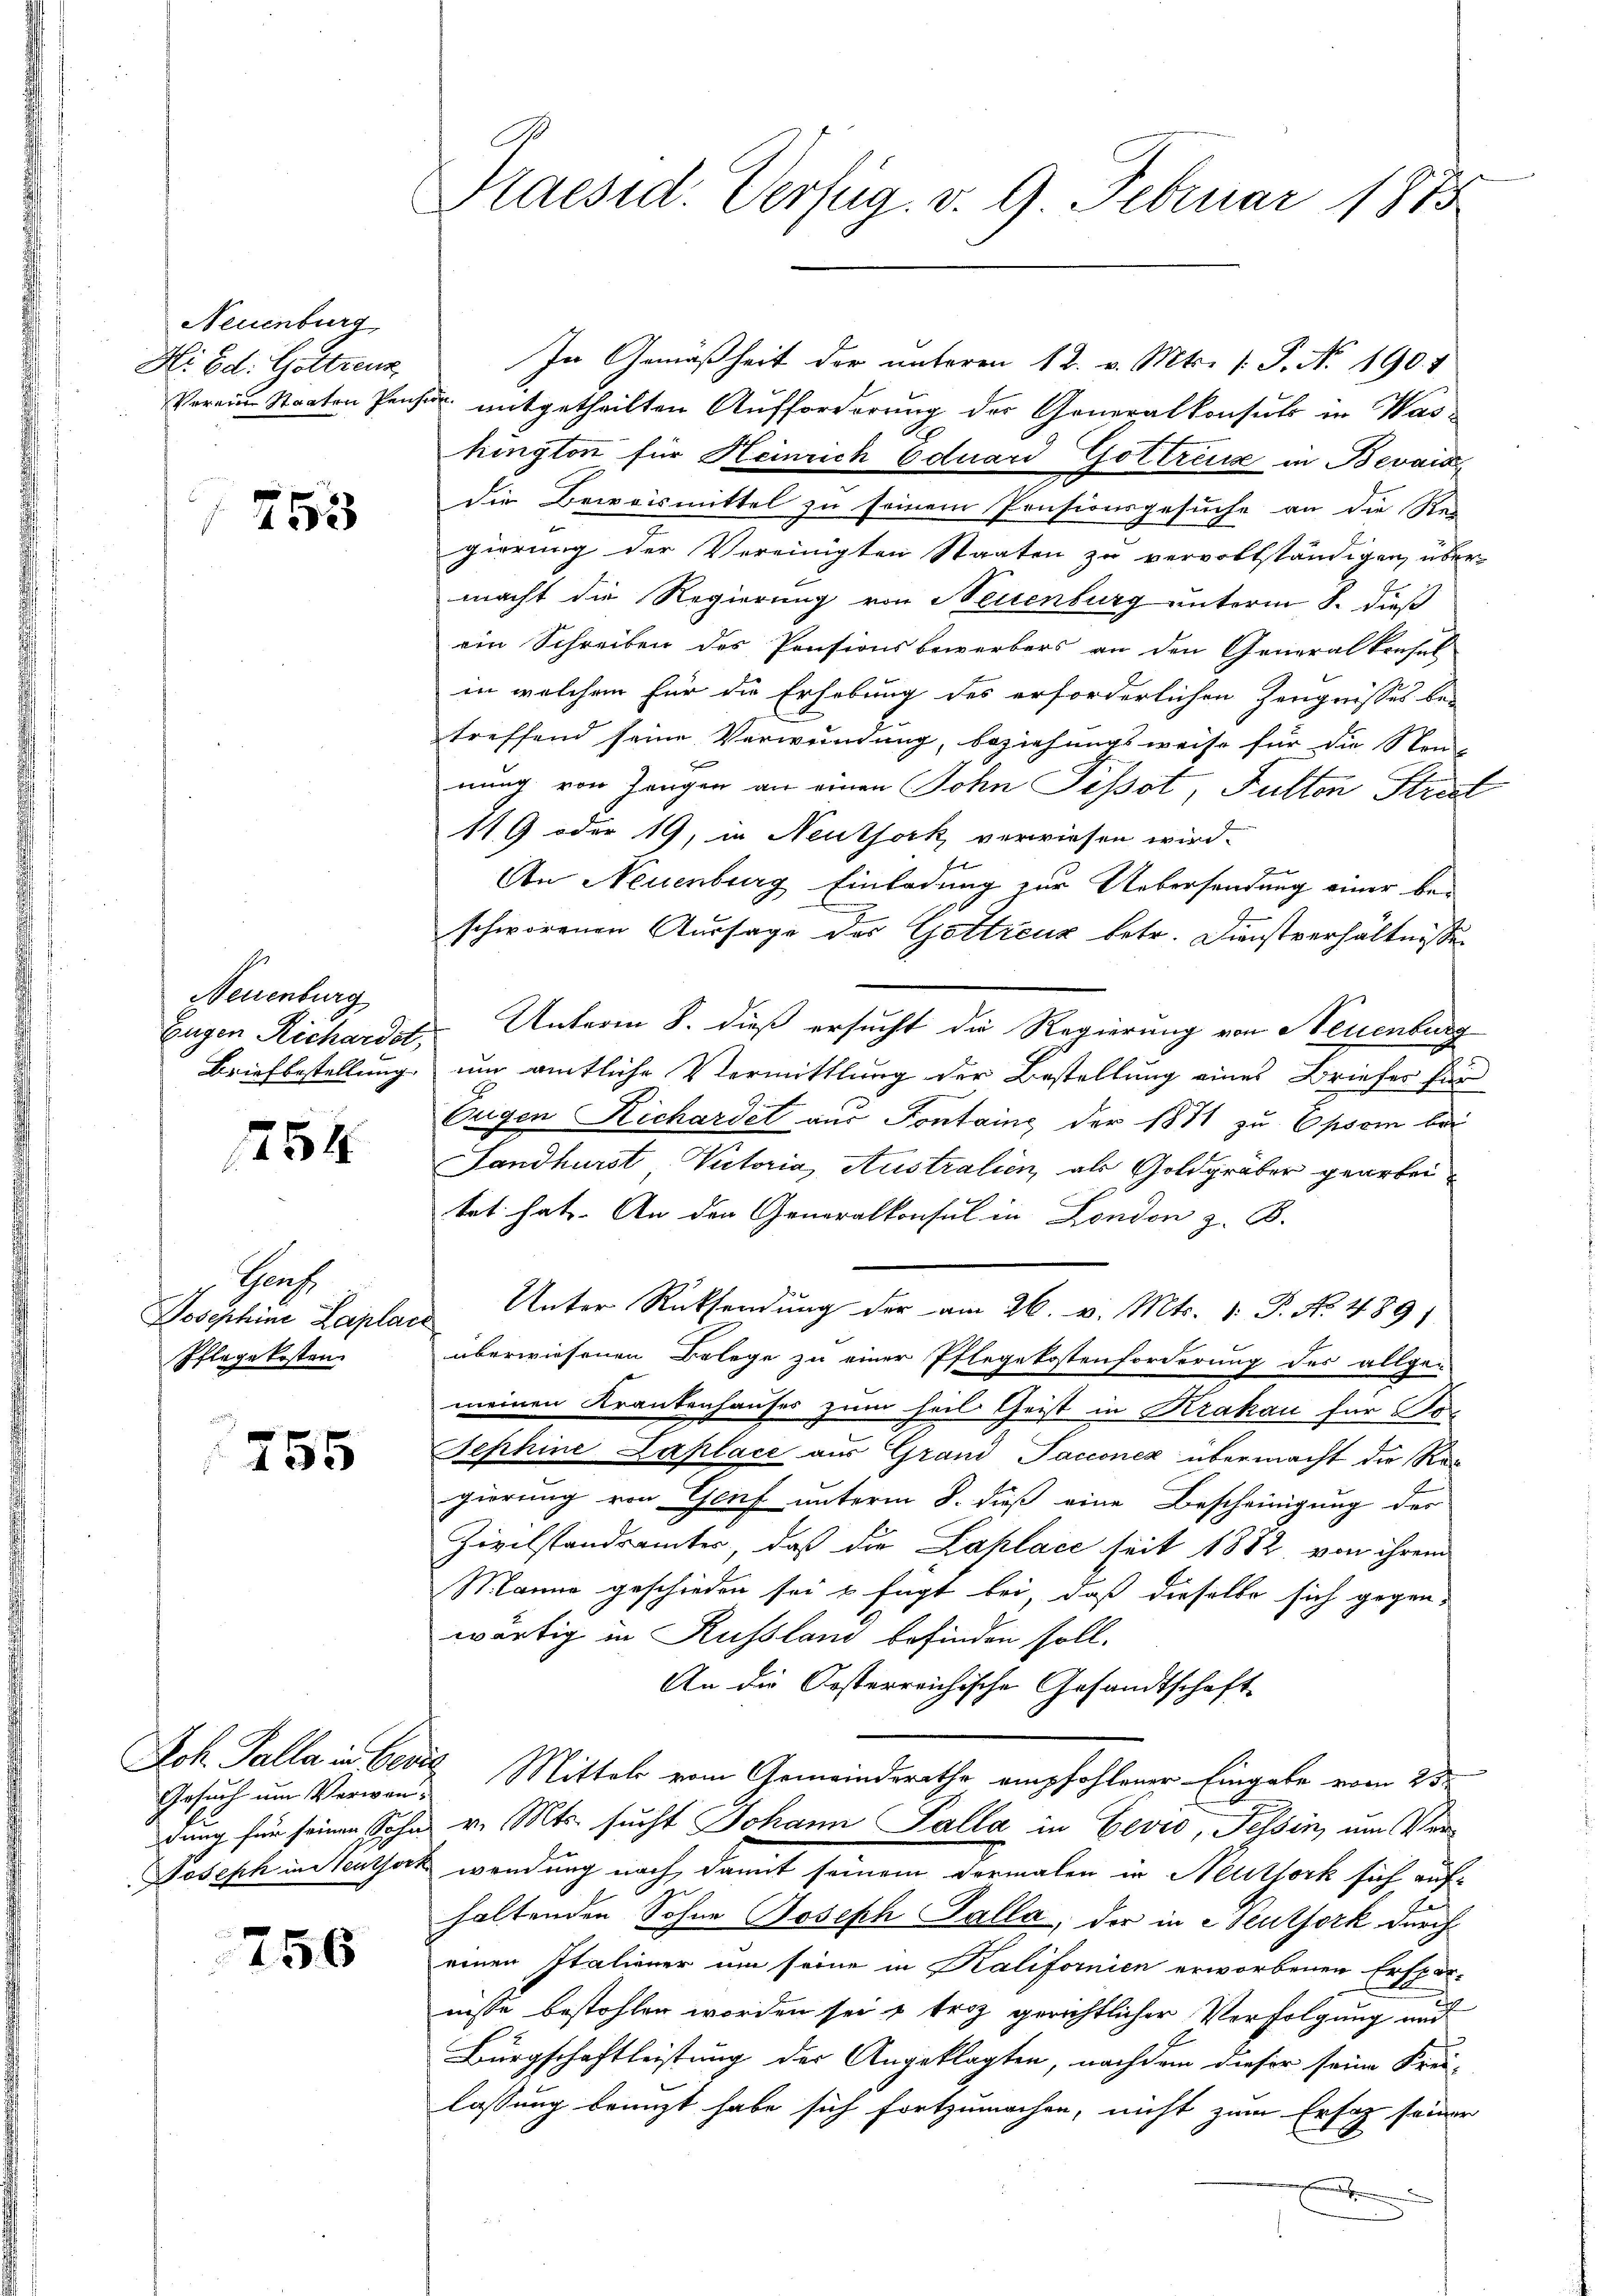
Neuenburg
Hi Ed. Gotteur
Verein Staaten Pens

753

Neuenburg
Eugen Richardst,
Briefbestellung

1258

Prof.
Josephine Laplan
Pflage kosten.

255

Joh. Talla in Bedin
Gesuch um Verwandung für seinen Sohn
Joseph indentserk

756

Praesid. Verfüg. v. 9 Februar 1873

In Gemäßheit der unteren 12. v. Mts. 1. P. No 190. 4
mitgetheilten Aufforderung der Generalkonsuls in Washington für Heinrich Eduard Gottreux in Bevais
die Brivvismittel zu seinem Pensionsgesuche an die Rei-
gierung der Vereinigten Staaten zu vervollständigen, übermacht die Regierung von Neuenburg unterm 8. dieß
ein Schreiben des Pensionsbewerbers an den Generalkonsel
in welchem für die Erhebung des erforderlichen Zeugnisses be-
treffend seine Verwendung, beziehungsweise für die Steu
nung von Zangen an einen Sohn Pissot, Fulten Strast
119 oder 19, in Neuthork verwiesen wird.
An Neuenburg Einladung zur Uebersendung einer be-
schworenen Aussage der Gottreuz betr. Dienstverhältnisse
Unterm 8. dieß ersucht die Regierung von Neuenburg
um amtliche Vermittlung der Bestellung eines Briefes für
Eugen Richardet aus Pontaine der 1871 zu Epsam bei
Landhurst Victoria, Australien, als Goldgräber gearbeitet hat. An den Generalkonsul in London z. B.
Unter Rücksendung der am 26. v. Mts. 1. P. No. 489)
überwiesenen Belege zu einer Pflegekostenforderung des allge-
meinen Krankenhauses zum heil Geist in Krakau für Jo¬
Jephine Laplace aus Grand Jacconex übermacht die Regierung von Genf unterm 8. dieß eine Bescheinigung des
Zivilstandrämter, daß die Laplace seit 1882 von ihrem
Manne geschieden sei & fügt bei, daß dieselbe sich gegen-
wärtig in Russland befinden soll.
An die Kosterreichische Gesandtschaft
 Mittels vom Gemeindsrathe empfohlener Eingabe vom 25te
v. Mts. sucht Johann Palla in Gević, Tessin, um Verwendung nach damit seinem dermalen in Neuthoch sich auf
haltenden Sohne Joseph Palla, der in eseuthork durch
einen Italiener um seine in Kalifornien erworbenen Erspar-
nisse bestohlen worden sei u Friz gerichtlicher Verfolgung und
Bürgschaftleistung der Angeklagten, nachdem dieser seine Krei-
lassung benuzt habe sich fortzumachen, nicht zum Erfag seiner
E